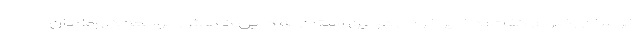
خراسان رضوی گفت: ذخایر خونی در این استان به دلیل کاهش مراجعه داوطلبان